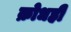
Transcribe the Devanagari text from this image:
क्रोधही